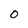
Character: 0